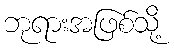
ဘုရားအဖြစ်သို့